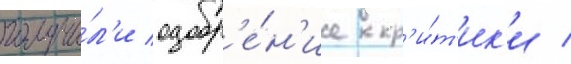
получи́л'и одобр'е́н'ие кр'и́т'ик'и /